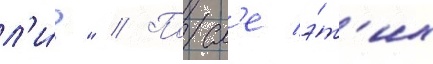
л'и́?" // Посл'е э́т'их